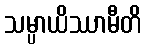
သမ္ပာယိဿာမီတိ